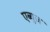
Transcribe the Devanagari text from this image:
एब्युज़